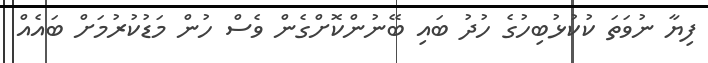
ފިޔާ ނުވަތަ ކުކުޅުބިހުގެ ހުދު ބައި ބޭނުންކޮށްގެން ވެސް ހުން މަޑުކުރުމަށް ބައެއް